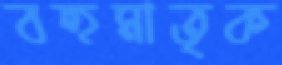
বহুমাতৃক